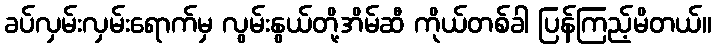
ခပ်လှမ်းလှမ်းရောက်မှ လွမ်းနွယ်တို့အိမ်ဆီ ကိုယ်တစ်ခါ ပြန်ကြည့်မိတယ်။